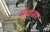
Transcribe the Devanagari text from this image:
संतानात